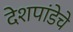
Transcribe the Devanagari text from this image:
देशपांडेचे